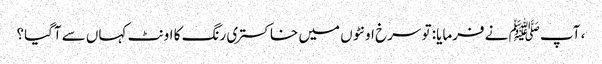
، آپ ﷺ نے فرمایا: تو سرخ اونٹوں میں خاکستری رنگ کا اونٹ کہاں سے آگیا؟